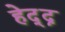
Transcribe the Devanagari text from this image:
हेद्द्न